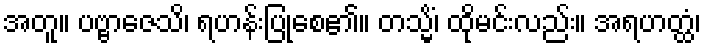
အတူ။ ပဗ္ဗာဇေသိ၊ ရဟန်းပြုစေ၏။ တသ္မိံ၊ ထိုမင်းလည်း။ အရဟတ္ထံ၊